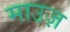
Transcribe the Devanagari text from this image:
माउज़